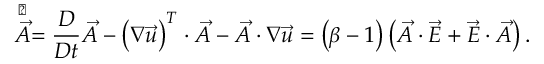
\stackrel { \triangledown } { \vec { A } } = \frac { D } { D t } \vec { A } - \left( \boldsymbol { \nabla } \vec { u } \right) ^ { T } \cdot \vec { A } - \vec { A } \cdot \boldsymbol { \nabla } \vec { u } = \left( \beta - 1 \right) \left( \vec { A } \cdot \vec { E } + \vec { E } \cdot \vec { A } \right) .